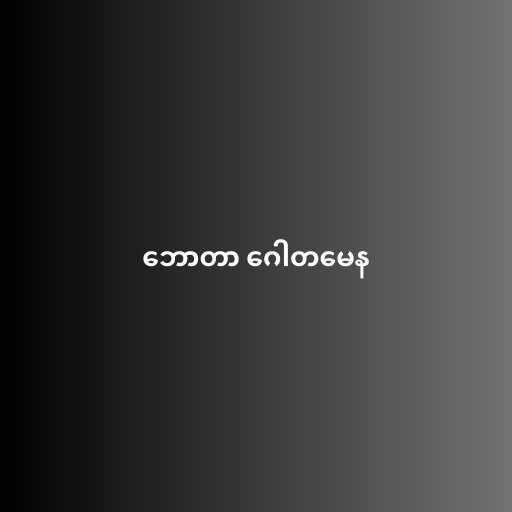
ဘောတာ ဂေါတမေန